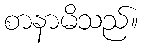
စာနာမိသည်။